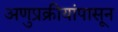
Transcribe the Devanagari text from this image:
अणुप्रक्रीयांपासून